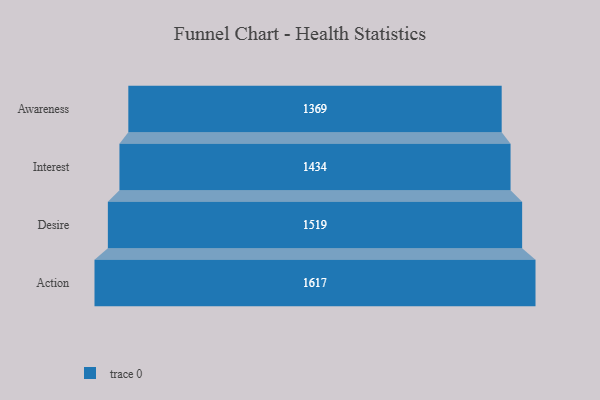
{"axis": {"x": "Stage", "y": "Value"}, "legend": [""], "data": [{"x": "Awareness", "y": 1369.0, "type": ""}, {"x": "Interest", "y": 1434.0, "type": ""}, {"x": "Desire", "y": 1519.0, "type": ""}, {"x": "Action", "y": 1617.0, "type": ""}]}